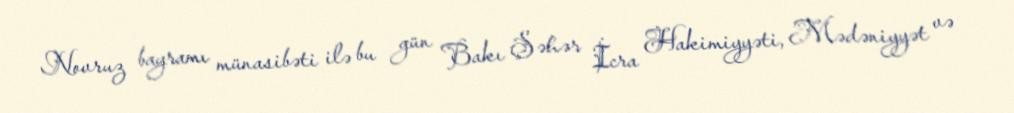
Novruz bayramı münasibəti ilə bu gün Bakı Şəhər İcra Hakimiyyəti, Mədəniyyət və